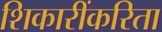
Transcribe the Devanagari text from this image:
शिकारींकरिता